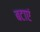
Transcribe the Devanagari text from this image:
बटाएं